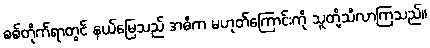
စစ်တိုက်ရာတွင် နယ်မြေသည် အဓိက မဟုတ်ကြောင်းကို သူတို့သိလာကြသည်။